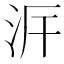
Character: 𣳙